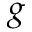
g